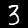
Digit: 3